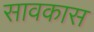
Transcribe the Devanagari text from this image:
सावकास